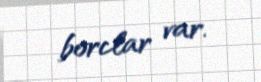
borclar var.